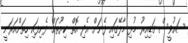
ސައުވީސް ގަޑިއިރު މުޅި މާލޭގައި ފެނަށް އެދި އޮތް ކިޔޫތައް ފެނިފައި ހިތަށްއަރަނީ